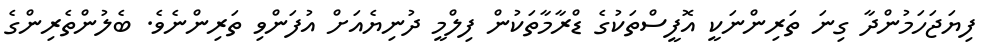
ފިޔަޖަހަމުންދާ ގިނަ ތަރިންނަކީ އޮފީސްތަކުގެ ޑްރާމާތަކުން ފިލްމީ ދުނިޔެއަށް އުފަންވި ތަރިންނެވެ. ބެލުންތެރިންގެ